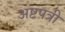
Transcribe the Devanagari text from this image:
अष्टपत्री